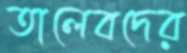
তালেবদের